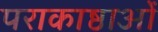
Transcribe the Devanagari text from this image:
पराकाष्ठाओं